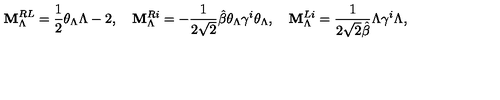
{ \bf M } _ { \Lambda } ^ { R L } = \frac { 1 } { 2 } \theta _ { \Lambda } \Lambda - 2 , \quad { \bf M } _ { \Lambda } ^ { R i } = - \frac { 1 } { 2 \sqrt { 2 } } \hat { \beta } \theta _ { \Lambda } \gamma ^ { i } \theta _ { \Lambda } , \quad { \bf M } _ { \Lambda } ^ { L i } = \frac { 1 } { 2 \sqrt { 2 } \hat { \beta } } \Lambda \gamma ^ { i } \Lambda ,